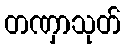
တဏှာသုတ်